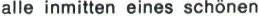
alle inmitten eines schönen